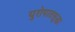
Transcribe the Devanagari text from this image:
युरोपातसुद्धा